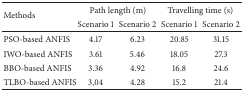
<table><thead><tr><td rowspan="2"><b>Methods</b></td><td colspan="2"><b>Path length (m)</b></td><td colspan="2"><b>Travelling time (s)</b></td></tr><tr><td><b>Scenario 1</b></td><td><b>Scenario 2</b></td><td><b>Scenario 1</b></td><td><b>Scenario 2</b></td></tr></thead><tbody><tr><td>PSO-based ANFIS</td><td>4.17</td><td>6.23</td><td>20.85</td><td>31.15</td></tr><tr><td>IWO-based ANFIS</td><td>3.61</td><td>5.46</td><td>18.05</td><td>27.3</td></tr><tr><td>BBO-based ANFIS</td><td>3.36</td><td>4.92</td><td>16.8</td><td>24.6</td></tr><tr><td>TLBO-based ANFIS</td><td>3,04</td><td>4.28</td><td>15.2</td><td>21.4</td></tr></tbody></table>